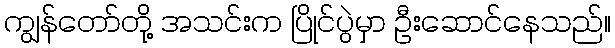
ကျွန်တော်တို့ အသင်းက ပြိုင်ပွဲမှာ ဦးဆောင်နေသည်။